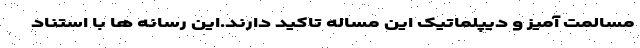
مسالمت آمیز و دیپلماتیک این مساله تاکید دارند.این رسانه ها با استناد